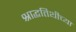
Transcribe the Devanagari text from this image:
श्राद्धतिथीच्या